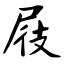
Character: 屐